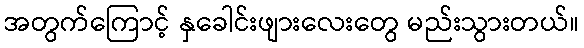
အတွက်ကြောင့် နှခေါင်းဖျားလေးတွေ မည်းသွားတယ်။